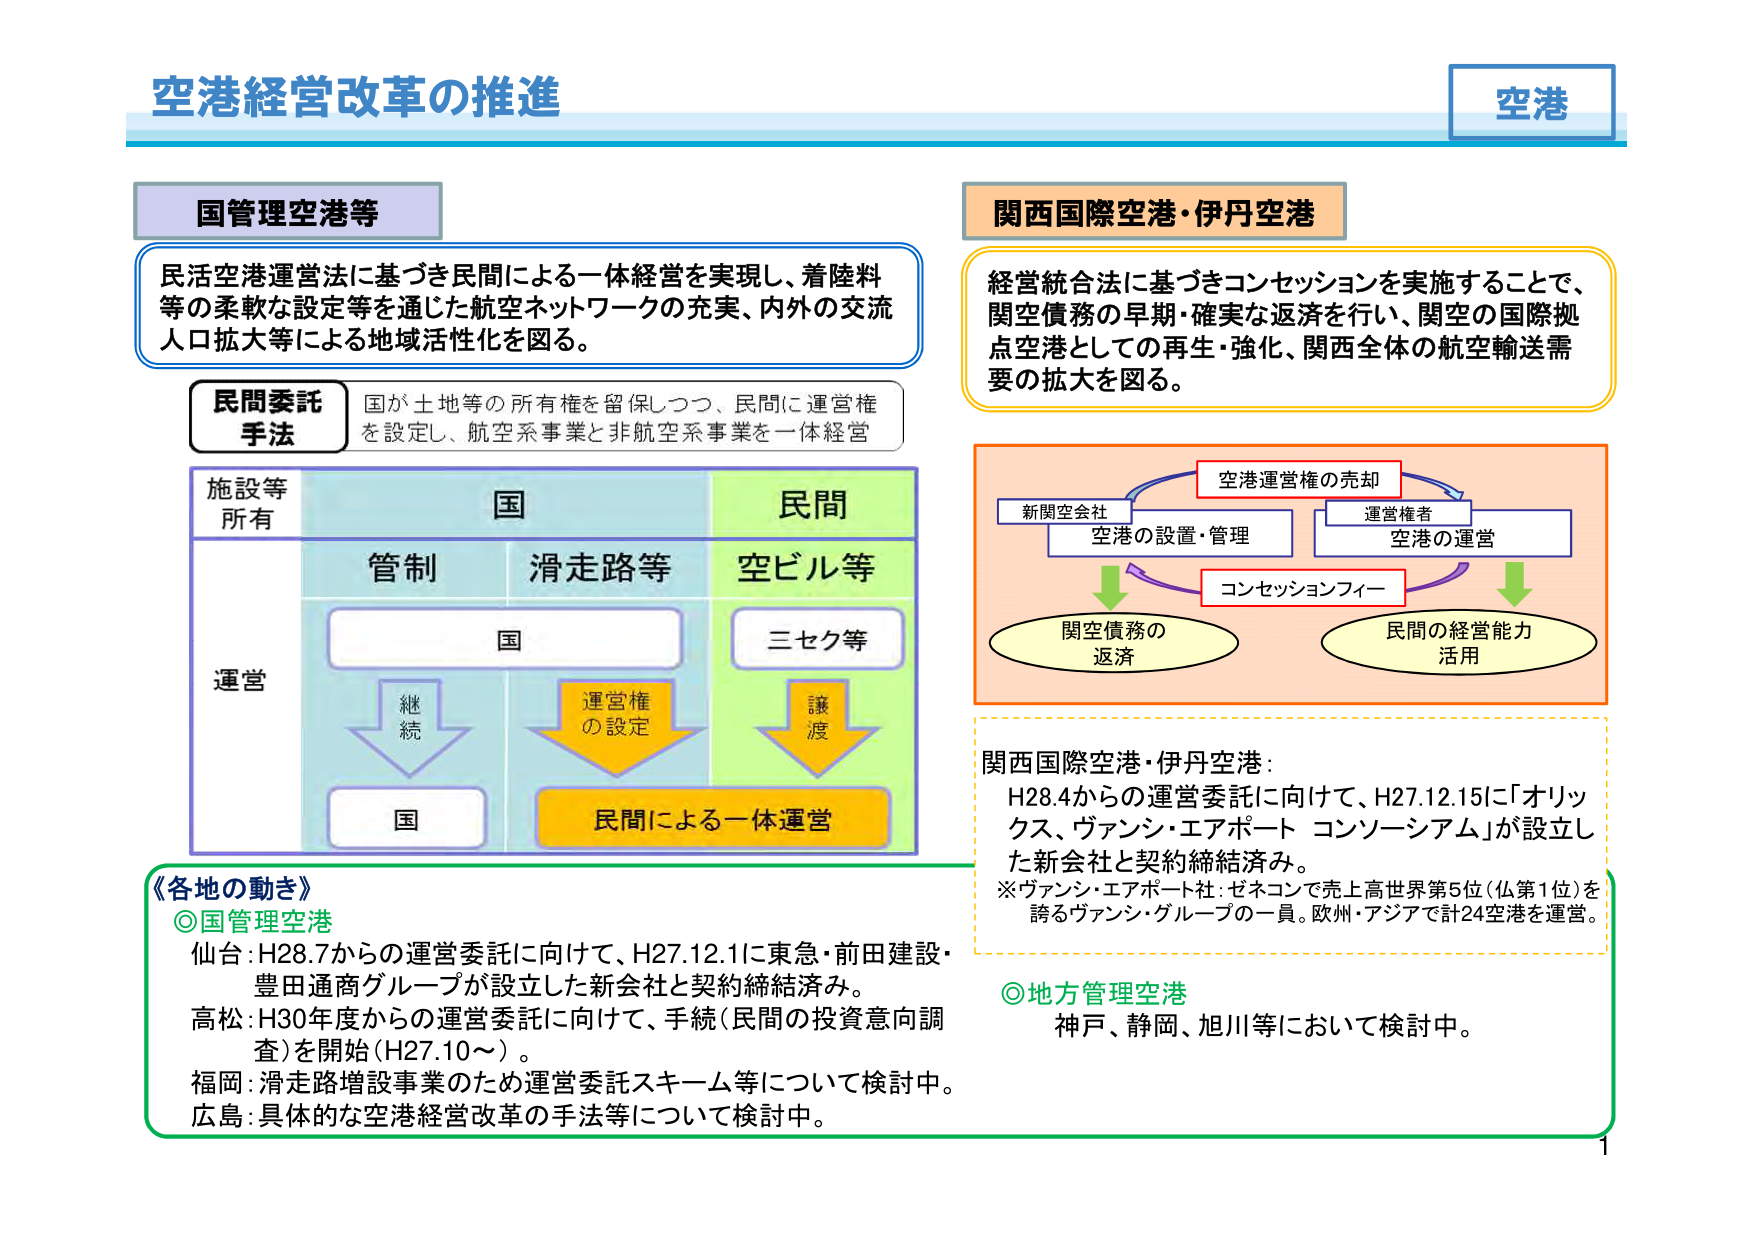
空港経営改革の推進

空港

国管理空港等

民活空港運営法に基づき民間による一体経営を実現し、着陸料等の柔軟な設定等を通じた航空ネットワークの充実、内外の交流人口拡大等による地域活性化を図る。

民間委託手法
国が土地等の所有権を留保しつつ、民間に運営権を設定し、航空系事業と非航空系事業を一体経営

施設等所有
国
民間

管制
滑走路等
空ビル等

運営
国
三セク等

継続
運営権の設定
譲渡

国
民間による一体運営

関西国際空港・伊丹空港

経営統合法に基づきコンセッションを実施することで、関空債務の早期・確実な返済を行い、関空の国際拠点空港としての再生・強化、関西全体の航空輸送需要の拡大を図る。

空港運営権の売却
新関空会社
空港の設置・管理
運営権者
空港の運営
コンセッションフィー
関空債務の返済
民間の経営能力活用

関西国際空港・伊丹空港：
H28.4からの運営委託に向けて、H27.12.15に「オリックス、ヴァンシ・エアポート コンソーシアム」が設立した新会社と契約締結済み。
※ヴァンシ・エアポート社：ゼネコンで売上高世界第5位（仏第1位）を誇るヴァンシ・グループの一員。欧州・アジアで計24空港を運営。

《各地の動き》
◎国管理空港
仙台：H28.7からの運営委託に向けて、H27.12.11に東急・前田建設・豊田通商グループが設立した新会社と契約締結済み。
高松：H30年度からの運営委託に向けて、手続（民間の投資意向調査）を開始（H27.10～）。
福岡：滑走路増設事業のため運営委託スキーム等について検討中。
広島：具体的な空港経営改革の手法等について検討中。

◎地方管理空港
神戸、静岡、旭川等において検討中。

1